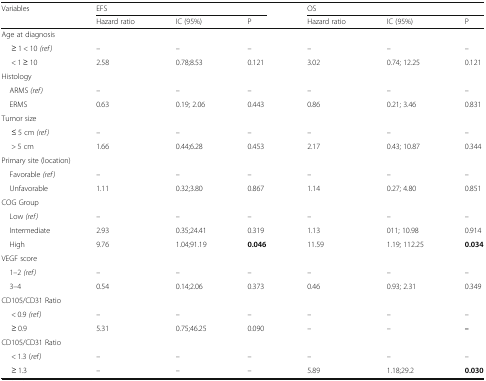
| <ROWSPAN=2> Variables | <COLSPAN=3> EFS | <COLSPAN=3> OS |
 | Hazard ratio | IC (95%) | P | Hazard ratio | IC (95%) | P |
 | --- | --- | --- | --- | --- | --- | --- |
 | <COLSPAN=7> Age at diagnosis |
 | ≥ 1 < 10 (ref) | – | – | – | – | – | – |
 | < 1 ≥ 10 | 2.58 | 0.78;8.53 | 0.121 | 3.02 | 0.74; 12.25 | 0.121 |
 | <COLSPAN=7> Histology |
 | ARMS (ref) | – | – | – | – | – | – |
 | ERMS | 0.63 | 0.19; 2.06 | 0.443 | 0.86 | 0.21; 3.46 | 0.831 |
 | <COLSPAN=7> Tumor size |
 | ≤ 5 cm (ref) | – | – | – | – | – | – |
 | > 5 cm | 1.66 | 0.44;6.28 | 0.453 | 2.17 | 0.43; 10.87 | 0.344 |
 | <COLSPAN=7> Primary site (location) |
 | Favorable (ref) | – | – | – | – | – | – |
 | Unfavorable | 1.11 | 0.32;3.80 | 0.867 | 1.14 | 0.27; 4.80 | 0.851 |
 | <COLSPAN=7> COG Group |
 | Low (ref) | – | – | – | – | – | – |
 | Intermediate | 2.93 | 0.35;24.41 | 0.319 | 1.13 | 011; 10.98 | 0.914 |
 | High | 9.76 | 1.04;91.19 | 0.046 | 11.59 | 1.19; 112.25 | 0.034 |
 | <COLSPAN=7> VEGF score |
 | 1–2 (ref) | – | – | – | – | – | – |
 | 3–4 | 0.54 | 0.14;2.06 | 0.373 | 0.46 | 0.93; 2.31 | 0.349 |
 | <COLSPAN=7> CD105/CD31 Ratio |
 | < 0.9 (ref) | – | – | – | – | – | – |
 | ≥ 0.9 | 5.31 | 0.75;46.25 | 0.090 | – | – | – |
 | <COLSPAN=7> CD105/CD31 Ratio |
 | < 1.3 (ref) | – | – | – | – | – | – |
 | ≥ 1.3 | – | – | – | 5.89 | 1.18;29.2 | 0.030 |